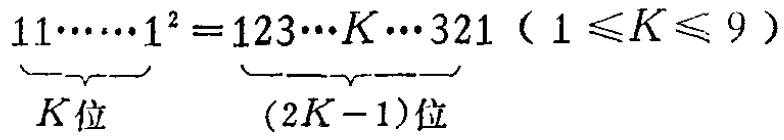
\(\underbrace{11\cdots\cdots1}_{K\text{位}}^{2}=\underbrace{123\cdots K\cdots321}_{(2K - 1)\text{位}}\ (1\leqslant K\leqslant9)\)